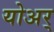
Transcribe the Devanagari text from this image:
योअर्